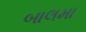
બાલમા